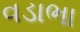
વડાભા